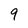
Character: 9